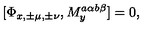
[ \Phi _ { x , \pm \mu , \pm \nu } , M _ { y } ^ { a \alpha b \beta } ] = 0 ,